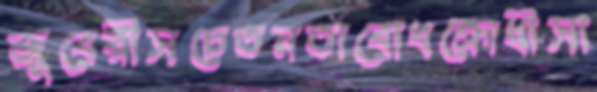
জুবেরীসচেতনতাবোধক্রোধীসা